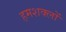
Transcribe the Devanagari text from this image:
हमशक्लों